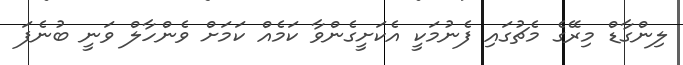
ލިންގާޑް މިރޭގެ މެޗުގައި ފެނުމަކީ އެކަށީގެންވާ ކަމެއް ކަމަށް ވެންހާލް ވަނީ ބުނެފަ